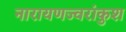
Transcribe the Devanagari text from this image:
नारायणज्वरांकुश